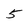
Character: 5